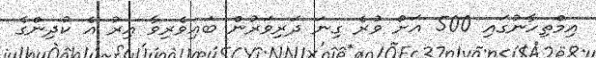
އިމްތިހާނުގައި 500 އަށް ވުރެ ގިނަ ދަރިވަރުން ބައިވެރިވާ އިރު އެ ކުދިންގެ